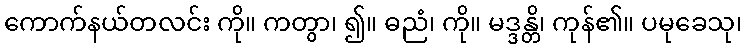
ကောက်နယ်တလင်း ကို။ ကတွာ၊ ၍။ ဓညံ၊ ကို။ မဒ္ဒန္တိ၊ ကုန်၏။ ပမုခေသု၊